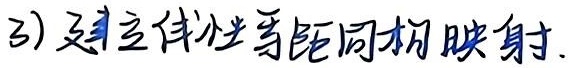
3) 建立线性等距同构映射.